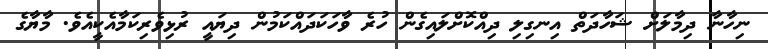
ނިހާނާ ދިމާލަށް ޝަހާދަތް އިނގިލި ދިއްކޮށްލައިގެން ހުރެ ވާހަކަދައްކަމުން ދިޔައީ ރުޅިވެރިކަމާއެކީއެވެ. މާޔާގެ